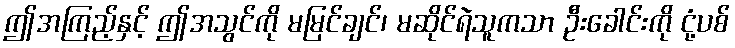
ဤအကြည့်နှင့် ဤအသွင်ကို မမြင်ချင်၊ မဆိုင်ရဲသူကသာ ဦးခေါင်းကို ငုံ့ပစ်